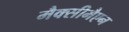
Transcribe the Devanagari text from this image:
मैक्सीमैएन